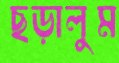
ছড়ালুম